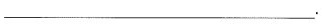
___.